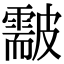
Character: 𥀫